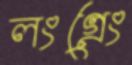
লংগ্রেং